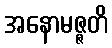
အနောမဇ္ဇတိ